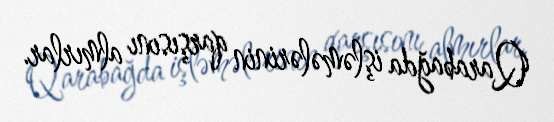
Qarabağda işləmələrinin qarşısını almırlar.